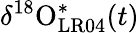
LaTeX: \delta^{18}\mathrm{O}_{\mathrm{LR04}}^{\ast}(t)